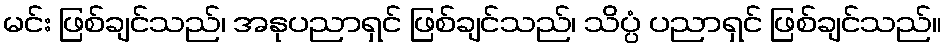
မင်း ဖြစ်ချင်သည်၊ အနုပညာရှင် ဖြစ်ချင်သည်၊ သိပ္ပံ ပညာရှင် ဖြစ်ချင်သည်။